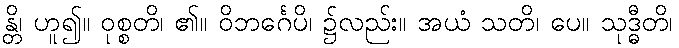
န္တိ၊ ဟူ၍။ ဝုစ္စတိ၊ ၏။ ဝိဘင်္ဂေပိ၊ ၌လည်း။ အယံ သတိ၊ ပေ။ သုဒ္ဓီတိ၊